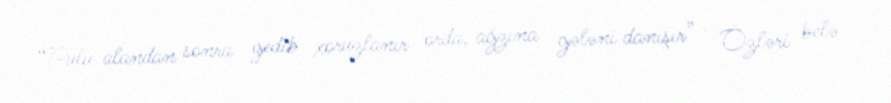
“Pulu alandan sonra gedib xoruzlanır orda, ağzına gələni danışır” - Özləri belə